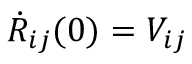
\dot { R } _ { i j } ( 0 ) = V _ { i j }